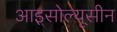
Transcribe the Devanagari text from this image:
आइसोल्यूसीन